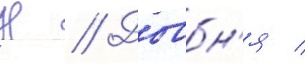
Н // Довбн'я /